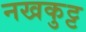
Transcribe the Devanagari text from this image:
नखकुट्ट